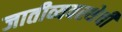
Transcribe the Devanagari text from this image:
जातीव्यवस्थेची